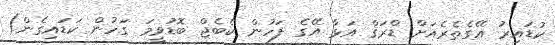
ކުޑައިރު އޭގެތެރެއަށް ޑްރަޤް އަޅާ އޭގެ ފަހުން ކެބެޖް ބޮޑުވީމަ ގަހުން ކަޑައިގެން)